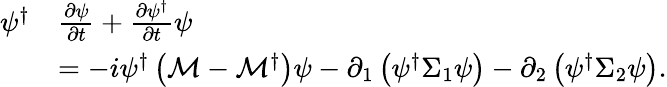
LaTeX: \begin{array}{rl}{\psi^{\dagger}}&{\frac{\partial\psi}{\partial t}+\frac{\partial\psi^{\dagger}}{\partial t}\psi}\\ &{=-i\psi^{\dagger}\left(\mathcal{M}-\mathcal{M}^{\dagger}\right)\psi-\partial_{1}\left(\psi^{\dagger}\Sigma_{1}\psi\right)-\partial_{2}\left(\psi^{\dagger}\Sigma_{2}\psi\right).}\end{array}